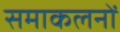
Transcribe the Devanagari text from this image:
समाकलनों